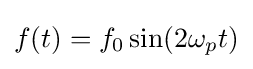
f(t)=f_{0}\sin(2\omega _{p}t)